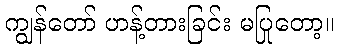
ကျွန်တော် ဟန့်တားခြင်း မပြုတော့။